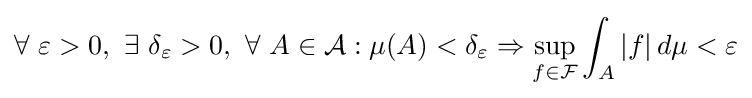
\forall \ \varepsilon >0,\ \exists \ \delta _{\varepsilon }>0,\ \forall \ A\in {\mathcal {A}}:\mu (A)<\delta _{\varepsilon }\Rightarrow \sup _{f\in {\mathcal {F}}}\int _{A}|f|\,d\mu <\varepsilon